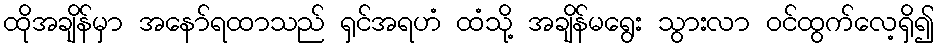
ထိုအချိန်မှာ အနော်ရထာသည် ရှင်အရဟံ ထံသို့ အချိန်မရွေး သွားလာ ဝင်ထွက်လေ့ရှိ၍